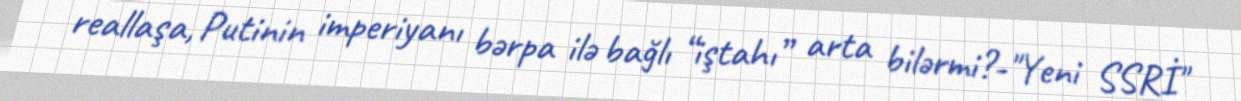
reallaşa, Putinin imperiyanı bərpa ilə bağlı “iştahı” arta bilərmi?-"Yeni SSRİ"